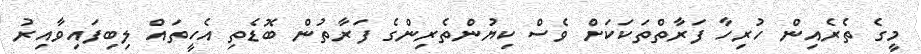
މީގެ ތެރެއިން ހުރިހާ ފަރާތްތަކަކަށް ވެސް ކިޔުންތެރިންގެ ފަރާތުން ބޮޑެތި އެހީތައް ލިބިފައިވާއިރު